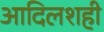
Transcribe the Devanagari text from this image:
आदिलशही